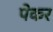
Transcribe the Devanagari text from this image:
पेकर